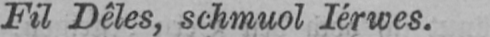
Fil Dêles, schmuol Iérwes.